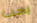
يجب